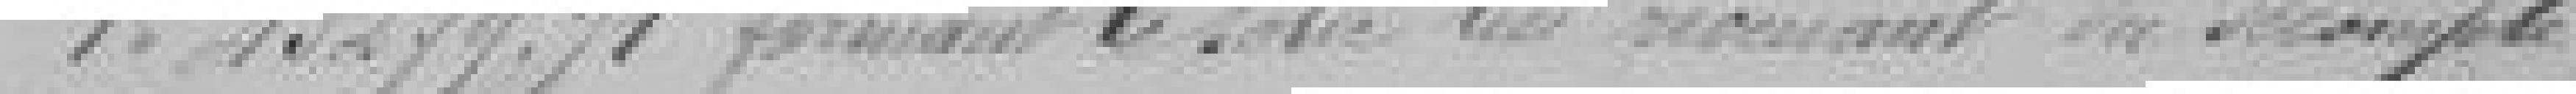
43279,71 francs formant le solde lui revenant du décompte